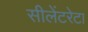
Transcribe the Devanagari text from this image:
सीलेंटरेटा